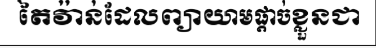
តៃវ៉ាន់ដែលព្យាយាមផ្តាច់ខ្លួនជា